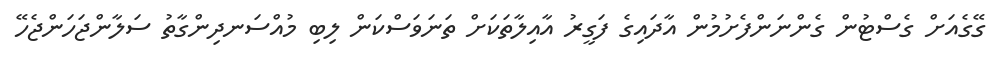
ގޭގެއަށް ގެސްޓުން ގެންނަންފެށުމުން އާދައިގެ ފަގީރު އާއިލާތަކަށް ތަނަވަސްކަން ލިބި މުއްސަނދިންގާތު ސަލާންޖަހަންޖެހޭ